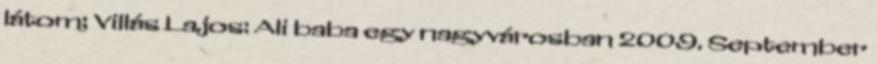
látom; Villás Lajos: Ali baba egy nagyvárosban 2009. September